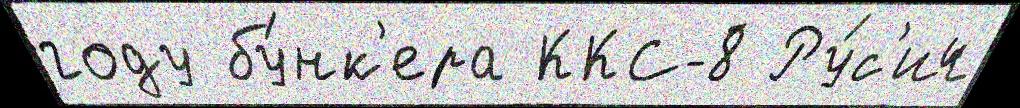
году бу́нк'ера ККС-8 Ру́с'ич